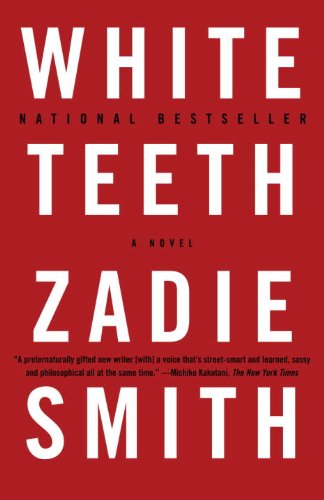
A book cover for White Teeth: A Novel; Zadie Smith; Mystery, Thriller & Suspense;